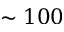
\sim 1 0 0